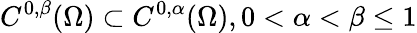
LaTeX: C^{0,\beta}(\Omega)\subset C^{0,\alpha}(\Omega),0<\alpha<\beta\leq 1